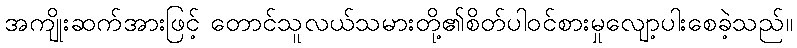
အကျိုးဆက်အားဖြင့် တောင်သူလယ်သမားတို့၏စိတ်ပါဝင်စားမှုလျော့ပါးစေခဲ့သည်။